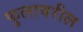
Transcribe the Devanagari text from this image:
फुलावरील